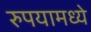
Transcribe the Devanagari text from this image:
रुपयामध्ये